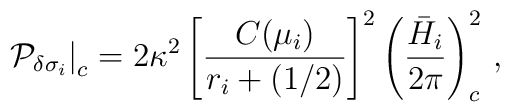
\left. {\cal P}_{\delta\sigma_i} \right|_c = 2\kappa^2 \left[{C(\mu_i)\over r_i+(1/2)}\right]^2 \left( {\bar{H}_i \over 2\pi} \right)_c^2 \, ,